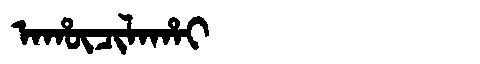
Manchu: ᠠᡥᡡᠴᡳᠯᠠᡥᠠᡳ
Romanization: AHŪCILAHAI